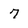
Character: 7